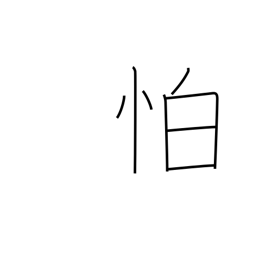
Meaning: afraid